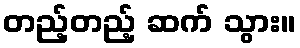
တည့်တည့် ဆက် သွား။